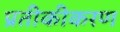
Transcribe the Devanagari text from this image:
प्रतीकीकरण